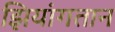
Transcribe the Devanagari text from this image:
झियांगतान